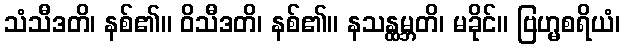
သံသီဒတိ၊ နစ်၏။ ဝိသီဒတိ၊ နစ်၏။ နသန္ထမ္ဘတိ၊ မခိုင်။ ဗြဟ္မစရိယံ၊